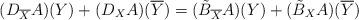
LaTeX: \begin{align*}(D_{\overline{X}}A)(Y)+(D_X{A})(\overline{Y})=(\tilde{B}_{\overline{X}}{A})(Y)+(\tilde{B}_X{A})(\overline{Y})\end{align*}